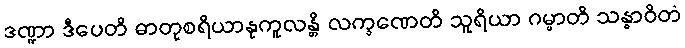
ဒဏ္ဍာ ဒီပေတိ ဓာတုစရိယာနုကူလန္တိ လက္ခဏေတိ သူရိယာ ဂမ္မာတိ သန္ဓာဝိတံ